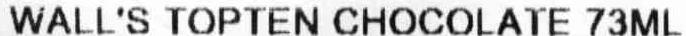
WALL'S TOPTEN CHOCOLATE 73ML